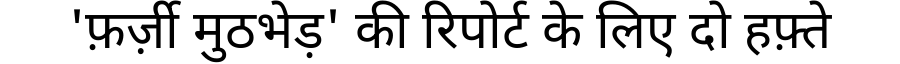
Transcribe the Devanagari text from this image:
'फ़र्ज़ी मुठभेड़' की रिपोर्ट के लिए दो हफ़्ते